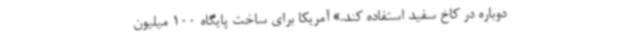
دوباره در کاخ سفید استفاده کند.» آمریکا برای ساخت پایگاه 100 میلیون